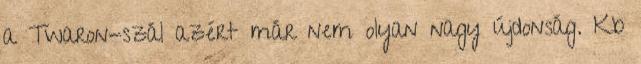
a Twaron-szál azért már nem olyan nagy újdonság. Kb